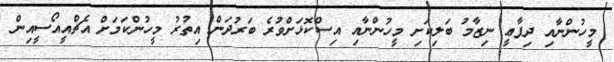
މީހުންނާއި ދިފާޢީ ނިޒާމު ބަލިކަށި މީހުންނާއި އިސްކޮޅަށްވުރެ ބަރުދަން އިތުރު މީހުންކަމަށް އެޗްއީއޯސީއިން